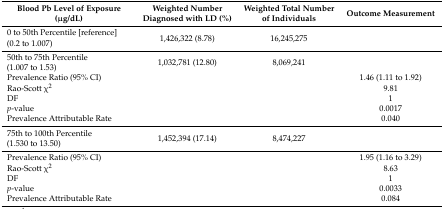
<table><thead><tr><td><b>Blood Pb Level of Exposure (μg/dL)</b></td><td><b>Weighted Number Diagnosed with LD (%)</b></td><td><b>Weighted Total Number of Individuals</b></td><td><b>Outcome Measurement</b></td></tr></thead><tbody><tr><td>0 to 50th Percentile [reference] (0.2 to 1.007)</td><td>1,426,322 (8.78)</td><td>16,245,275</td><td></td></tr><tr><td>50th to 75th Percentile (1.007 to 1.53)</td><td>1,032,781 (12.80)</td><td>8,069,241</td><td></td></tr><tr><td>Prevalence Ratio (95% CI)</td><td></td><td></td><td>1.46 (1.11 to 1.92)</td></tr><tr><td>Rao-Scott χ<sup>2</sup></td><td></td><td></td><td>9.81</td></tr><tr><td>DF</td><td></td><td></td><td>1</td></tr><tr><td><i>p</i>-value</td><td></td><td></td><td>0.0017</td></tr><tr><td>Prevalence Attributable Rate</td><td></td><td></td><td>0.040</td></tr><tr><td>75th to 100th Percentile (1.530 to 13.50)</td><td>1,452,394 (17.14)</td><td>8,474,227</td><td></td></tr><tr><td>Prevalence Ratio (95% CI)</td><td></td><td></td><td>1.95 (1.16 to 3.29)</td></tr><tr><td>Rao-Scott χ<sup>2</sup></td><td></td><td></td><td>8.63</td></tr><tr><td>DF</td><td></td><td></td><td>1</td></tr><tr><td><i>p</i>-value</td><td></td><td></td><td>0.0033</td></tr><tr><td>Prevalence Attributable Rate</td><td></td><td></td><td>0.084</td></tr></tbody></table>